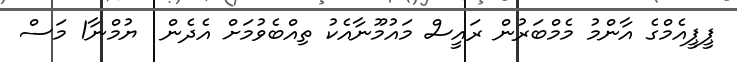
ޕީޕީއެމްގެ އާންމު މެމްބަރުން ރައީސް މައުމޫނާއެކު ތިއްބެވުމަށް އެދެން  ޔުމްނާ1 މަސް